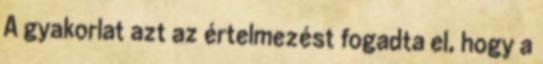
A gyakorlat azt az értelmezést fogadta el, hogy a